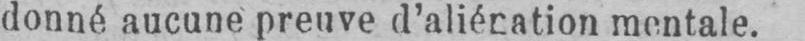
donné aucune preuve d’aliénation mentale.